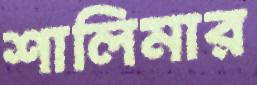
শালিমার